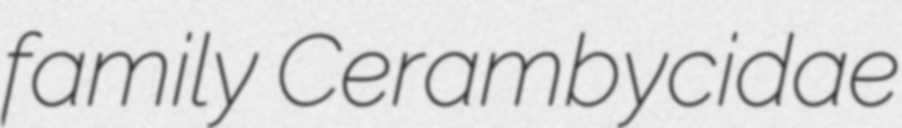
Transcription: family Cerambycidae